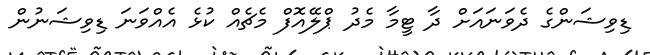
ޑިވިޝަންގެ ދެވަނައަށް ދާ ޓީމާ މެދު ޕްލޭއޮފް މެޗެއް ކުޅެ އެއްވަނަ ޑިވިޝަނުން